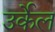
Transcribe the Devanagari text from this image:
उर्केल